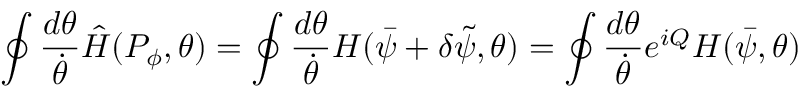
\oint \frac { d \theta } { \dot { \theta } } \hat { H } ( P _ { \phi } , \theta ) = \oint \frac { d \theta } { \dot { \theta } } H ( \bar { \psi } + \delta \tilde { \psi } , \theta ) = \oint \frac { d \theta } { \dot { \theta } } e ^ { i Q } H ( \bar { \psi } , \theta )